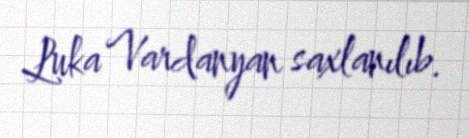
Luka Vardanyan saxlanılıb.